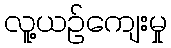
လူ့ယဉ်ကျေးမှု